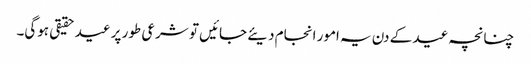
چنانچہ عید کے دن یہ امور انجام دیئے جائیں تو شرعی طور پر عید حقیقی ہوگی۔